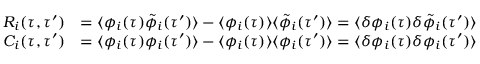
\begin{array} { r l } { R _ { i } ( \tau , \tau ^ { \prime } ) } & { = \langle \phi _ { i } ( \tau ) \tilde { \phi } _ { i } ( \tau ^ { \prime } ) \rangle - \langle \phi _ { i } ( \tau ) \rangle \langle \tilde { \phi } _ { i } ( \tau ^ { \prime } ) \rangle = \langle \delta \phi _ { i } ( \tau ) \delta \tilde { \phi } _ { i } ( \tau ^ { \prime } ) \rangle } \\ { C _ { i } ( \tau , \tau ^ { \prime } ) } & { = \langle \phi _ { i } ( \tau ) \phi _ { i } ( \tau ^ { \prime } ) \rangle - \langle \phi _ { i } ( \tau ) \rangle \langle \phi _ { i } ( \tau ^ { \prime } ) \rangle = \langle \delta \phi _ { i } ( \tau ) \delta \phi _ { i } ( \tau ^ { \prime } ) \rangle } \end{array}